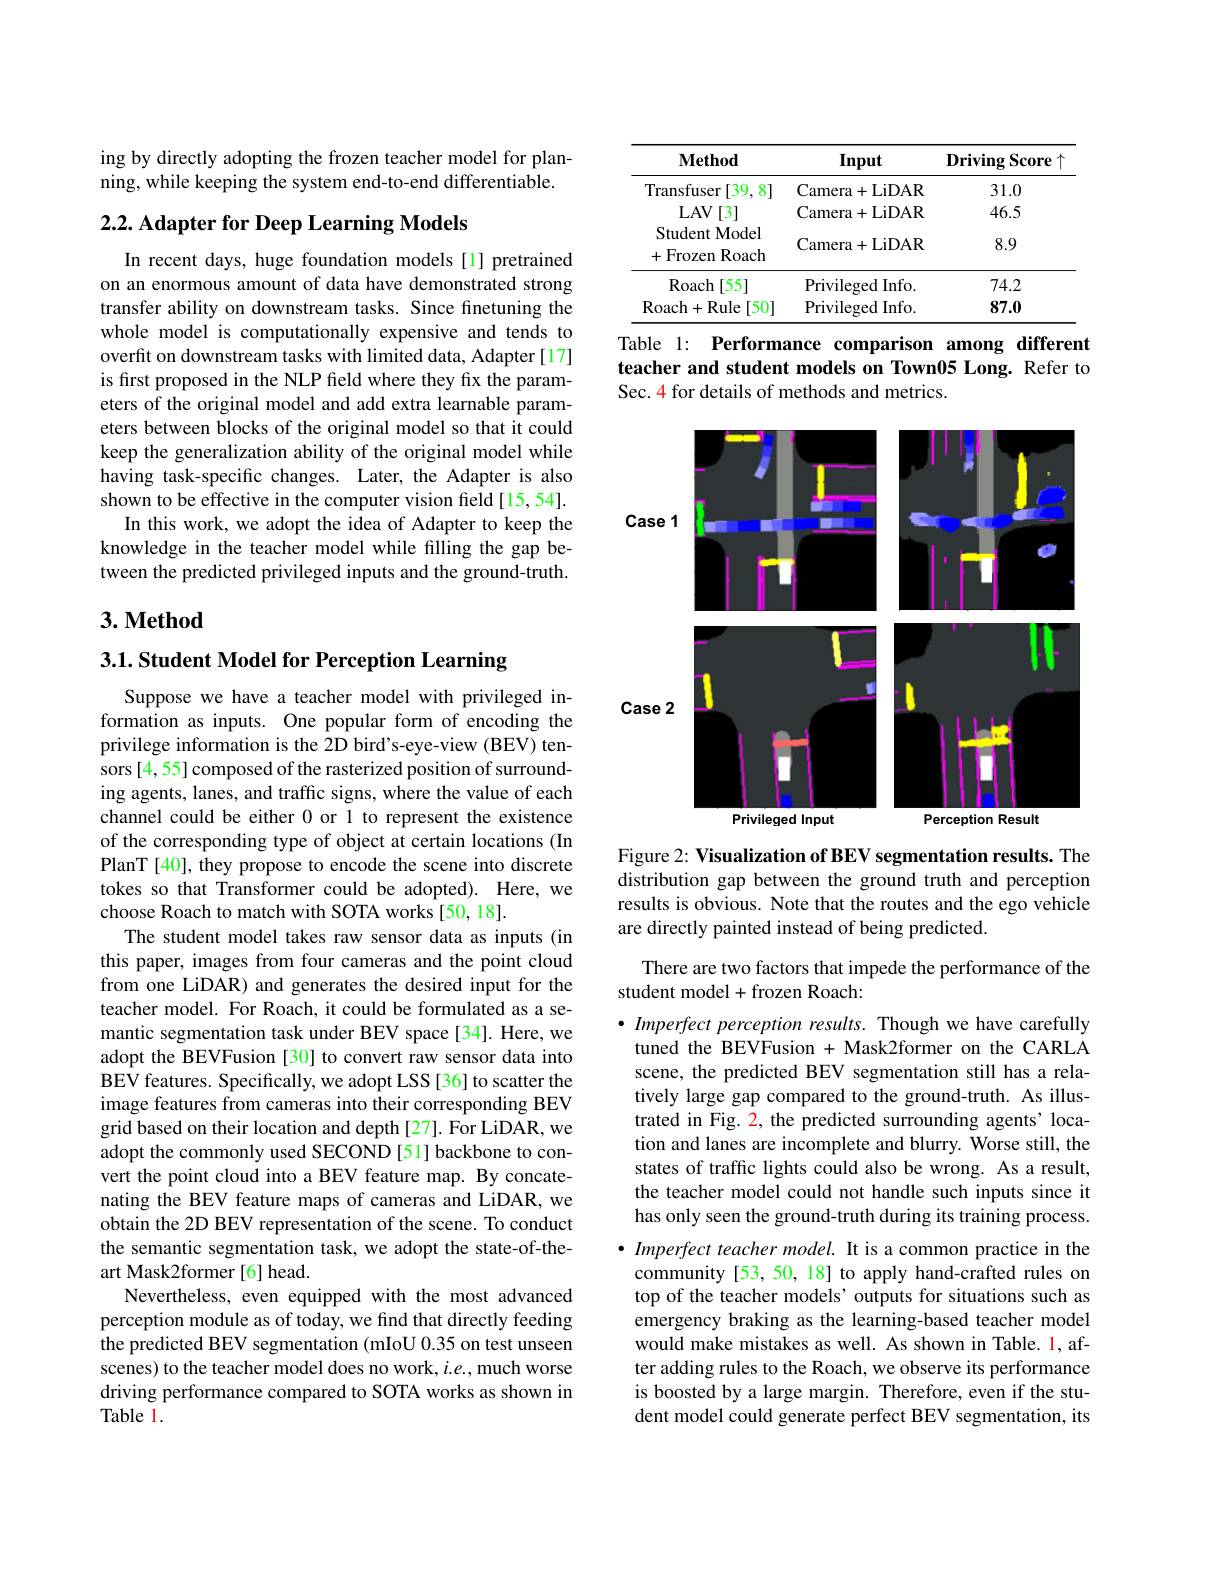
ing by directly adopting the frozen teacher model for planning, while keeping the system end-to-end differentiable.

### $2. 2. \textbf{ Adapter for Deep Learning Models}$

In recent days, huge foundation models[1] pretrained on an enormous amount of data have demonstrated strong transfer ability on downstream tasks. Since finetuning the whole model is computationally expensive and tends to overfit on downstream tasks with limited data, Adapter [17] is first proposed in the NLP field where they fix the parameters of the original model and add extra learnable parameters between blocks of the original model so that it could keep the generalization ability of the original model while having task-specific changes. Later, the Adapter is also shown to be effective in the computer vision field[15, 54].
In this work, we adopt the idea of Adapter to keep the knowledge in the teacher model while filling the gap between the predicted privileged inputs and the ground-truth.

## $3. \textbf{Method}$

$3. 1. \textbf{ Student Model for Perception Learning}$

Suppose we have a teacher model with privileged information as inputs. One popular form of encoding the privilege information is the 2D bird's-eye-view (BEV) tensors [4,55] composed of the rasterized position of surrounding agents, lanes, and traffic signs, where the value of each channel could be either 0 or 1 to represent the existence of the corresponding type of object at certain locations (In PlanT [40], they propose to encode the scene into discrete tokes so that Transformer could be adopted). Here, we choose Roach to match with SOTA works [50,18].
The student model takes raw sensor data as inputs (in this paper, images from four cameras and the point cloud from one LiDAR) and generates the desired input for the teacher model. For Roach, it could be formulated as a semantic segmentation task under BEV space[34]. Here, we adopt the BEVFusion [30] to convert raw sensor data into BEV features. Specifically, we adopt LSS [36] to scatter the image features from cameras into their corresponding BEV grid based on their location and depth [27]. For LiDAR, we adopt the commonly used SECOND [51] backbone to convert the point cloud into a BEV feature map. By concatenating the BEV feature maps of cameras and LiDAR, we obtain the 2D BEV representation of the scene. To conduct the semantic segmentation task, we adopt the state-of-theart Mask2former [6] head.
Nevertheless, even equipped with the most advanced perception module as of today, we find that directly feeding the predicted BEV segmentation (mIoU 0.35 on test unseen scenes) to the teacher model does no work, $i.e.$, much worse driving performance compared to SOTA works as shown in Table 1.

<table>
	<tbody>
		<tr>
			<th>$\mathbf{Method}$</th>
			<th>Input</th>
			<th>$\mathbf{Driving}$ Score</th>
		</tr>
		<tr>
			<td>Transfuser [39, 81</td>
			<td>Camera+ LiDAR</td>
			<td>31.0</td>
		</tr>
		<tr>
			<td>LAV[3]</td>
			<td>Camera+ LiDAR</td>
			<td>46.5</td>
		</tr>
		<tr>
			<td>Student Model +Frozen Roach</td>
			<td>Camera+ LiDAR</td>
			<td>8.9</td>
		</tr>
		<tr>
			<td>$\operatorname{Roach}[55]$</td>
			<td>Privileged Info.</td>
			<td>74.2</td>
		</tr>
		<tr>
			<td>Roach+ Rule [50]</td>
			<td>Privileged Info.</td>
			<td>87.0</td>
		</tr>
	</tbody>
</table>

Table 1: Performance comparison among different teacher and student models on Town05 Long. Refer to Sec. 4 for details of methods and metrics.

<FigureHere>

Figure 2: Visualization of BEV segmentation results. The distribution gap between the ground truth and perception results is obvious. Note that the routes and the ego vehicle are directly painted instead of being predicted.

There are two factors that impede the performance of the
student model+frozen Roach:

$\bullet$ Imperfect perception results. Though we have carefully tuned the BEVFusion + Mask2former on the CARLA scene, the predicted BEV segmentation still has a relatively large gap compared to the ground-truth. As illustrated in Fig. 2, the predicted surrounding agents' location and lanes are incomplete and blurry. Worse still, the states of traffic lights could also be wrong. As a result, the teacher model could not handle such inputs since it has only seen the ground-truth during its training process. $\bullet$ Imperfect teacher model. It is a common practice in the community [53, 50, 18] to apply hand-crafted rules on top of the teacher models' outputs for situations such as emergency braking as the learning-based teacher model would make mistakes as well. As shown in Table. l, after adding rules to the Roach, we observe its performance is boosted by a large margin. Therefore, even if the student model could generate perfect BEV segmentation, its